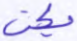
يكن